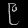
Digit: ၉